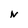
Character: N